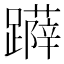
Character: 𨆳